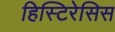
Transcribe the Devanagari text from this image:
हिस्टिरेसिस